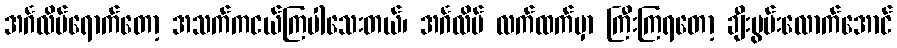
အင်္ဂလိပ်ရောက်တော့ အသက်ကငယ်ကြပါသေးတယ်၊ အင်္ဂလိပ် လက်ထက်မှာ ကြီးကြရတော့ ချီးမွမ်းလောက်အောင်